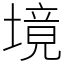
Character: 境